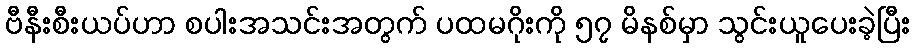
ဗီနီးစီးယပ်ဟာ စပါးအသင်းအတွက် ပထမဂိုးကို ၅၇ မိနစ်မှာ သွင်းယူပေးခဲ့ပြီး